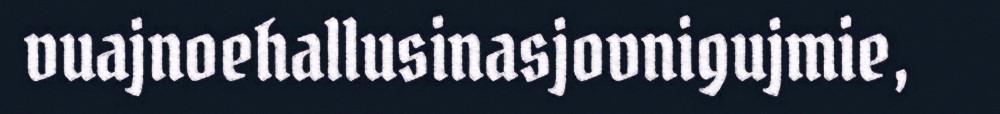
vuajnoehallusinasjovnigujmie,